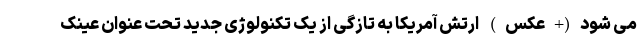
می شود(+عکس) ارتش آمریکا به تازگی از یک تکنولوژی جدید تحت عنوان عینک